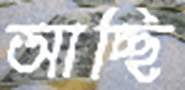
আচ্ছি